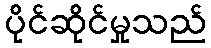
ပိုင်ဆိုင်မှုသည်